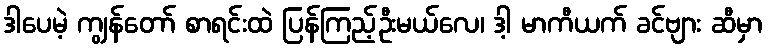
ဒါပေမဲ့ ကျွန်တော် စာရင်းထဲ ပြန်ကြည့်ဦးမယ်လေ၊ ဒါ့ မာကီယက် ခင်ဗျား ဆီမှာ